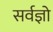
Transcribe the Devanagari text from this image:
सर्वज्ञो